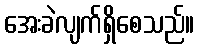
အေးခဲလျက်ရှိစေသည်။